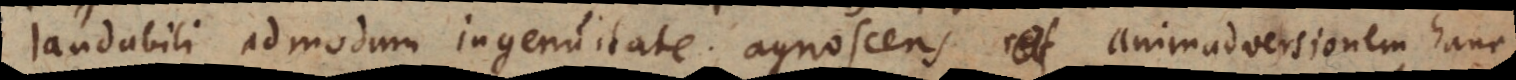
laudabili admodum ingenuitate, agnoscens animadversionem hanc